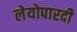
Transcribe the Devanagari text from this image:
लेयोपारदी